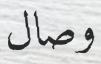
وصال